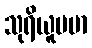
သုရိယူပမာ